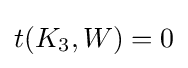
t(K_{3},W)=0